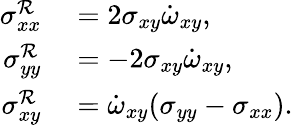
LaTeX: \begin{array}{rl}{\sigma_{xx}^{\mathcal{R}}}&{{}=2\sigma_{xy}\dot{\omega}_{xy},}\\ {\sigma_{yy}^{\mathcal{R}}}&{{}=-2\sigma_{xy}\dot{\omega}_{xy},}\\ {\sigma_{xy}^{\mathcal{R}}}&{{}=\dot{\omega}_{xy}(\sigma_{yy}-\sigma_{xx}).}\end{array}